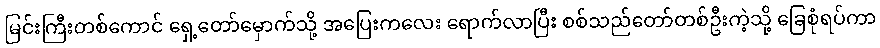
မြင်းကြီးတစ်ကောင် ရှေ့တော်မှောက်သို့ အပြေးကလေး ရောက်လာပြီး စစ်သည်တော်တစ်ဦးကဲ့သို့ ခြေစုံရပ်ကာ